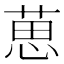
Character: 葸